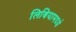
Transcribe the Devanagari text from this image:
लिबियामध्ये